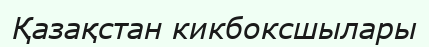
Қазақстан кикбоксшылары